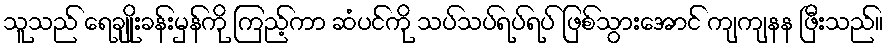
သူသည် ရေချိုးခန်းမှန်ကို ကြည့်ကာ ဆံပင်ကို သပ်သပ်ရပ်ရပ် ဖြစ်သွားအောင် ကျကျနန ဖြီးသည်။